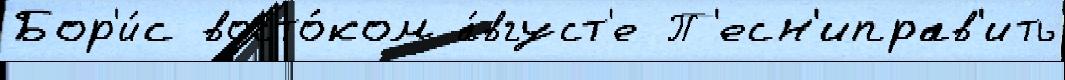
Бор'и́с восто́ком а́вгуст'е П'есн'иправ'ить